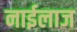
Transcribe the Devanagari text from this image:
नाईलाज